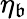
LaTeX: \eta_{\mathfrak{b}}